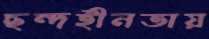
ছন্দহীনতায়